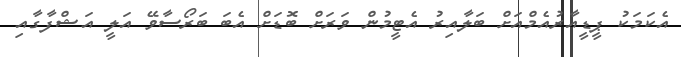
އެކަމަކު ޕީޑީއާރުއެމްއަށް ބަލާއިރު އެޓީމުން ވަރަށް ބޮޑަށް އެބަ ބަރޯސާވޭ އަލީ އަޝްފާގާއި